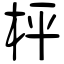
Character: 枰